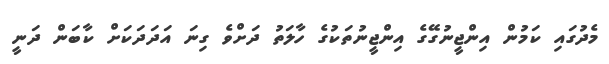
މެދުގައި ކަަމުން އިންޖީނުގޭގެ އިންޖީނުތަކުގެ ހާލަތު ދަށްވެ ގިނަ އަދަދަކަށް ކާބަން ދަނީ